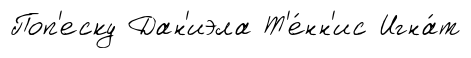
Поп'еску Дан'иэла Т'е́нн'ис Игна́т